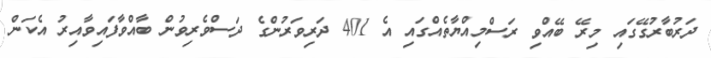
ދަރުބާރުގޭގައި މިރޭ ބޭއްވި ރަސްމިއްޔާތެއްގައި އެ 401 ދަރިވަރުންގެ ދަސްވެރިވުން ބާއްވާފައިވާއިރު އެކަން